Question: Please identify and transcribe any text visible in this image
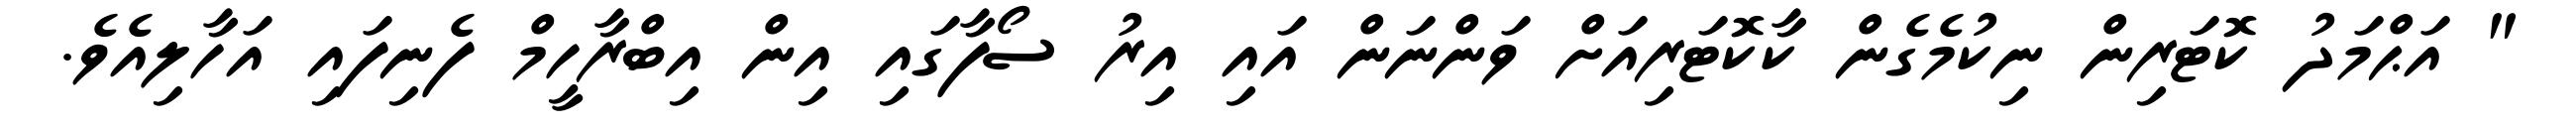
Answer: " އަޙްމަދު ކޮޓަރިން ނިކުމެގެން ކާކޮޓަރިއަށް ވަންނަން އައި އިރު ސޯފާގައި އިން އިބްރާހީމް ފެނިފައި އަހާލިއެވެ.